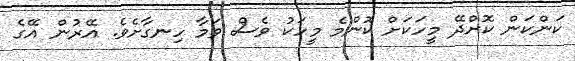
ކަންކަން ކޮށްދޭ މީހަކަށް ކޮންމެ މީހަކު ވެސް ވަމާ ހިނގާށެވެ. އޭރުން އޭގެ